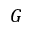
G